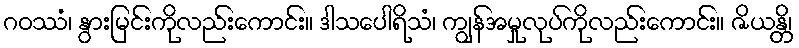
ဂဝဿံ၊ နွားမြင်းကိုလည်းကောင်း။ ဒါသပေါရိသံ၊ ကျွန်အမှုလုပ်ကိုလည်းကောင်း။ ဇိယန္တိ၊